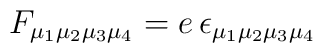
F_{\mu _1\mu _2\mu _3 \mu _4} = e \, \epsilon_{\mu _1\mu _2\mu _3\mu_4}